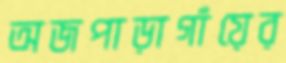
অজপাড়াগাঁয়ের